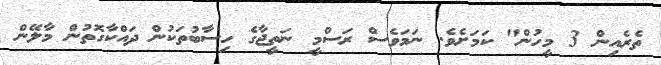
ތެރެއިން 3 މީހުން" ކަމަށެވެ. ނަމަވެސް ރަސްމީ ނަތީޖާގެ ހިސާބުތަކުން ދައްކާގޮތުން މާލޭން